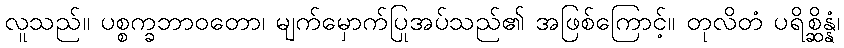
လူသည်။ ပစ္စက္ခဘာဝတော၊ မျက်မှောက်ပြုအပ်သည်၏ အဖြစ်ကြောင့်။ တုလိတံ ပရိစ္ဆိန္နံ၊